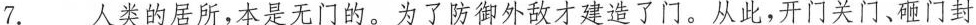
7.人类的居所，本是无门的。为了防御外敌才建造了门。从此，开门关门、砸门封